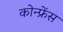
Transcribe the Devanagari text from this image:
कोन्फ्रेंस